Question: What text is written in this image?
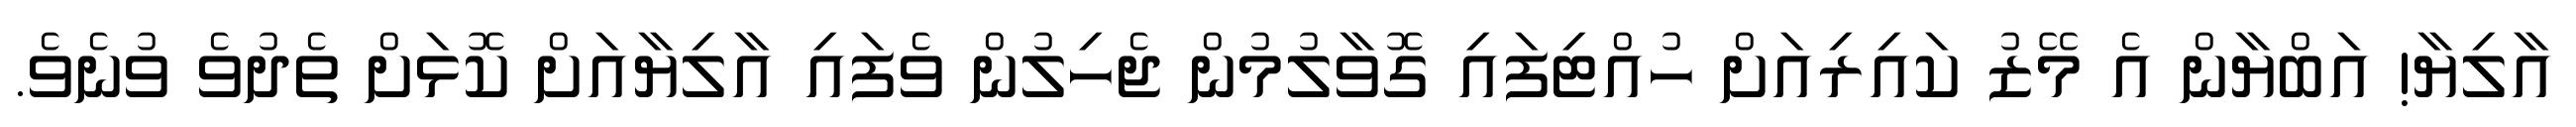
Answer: އާލިޔާ! އަބްޔާން އެ މޭޒު ކައިރިއަށް ހުއްޓިފައި ގޮވާލުމުން ޖެހިލުން ވެފައި އާލިޔާއަށް ކޮޅަށް ތެދުވެ ވުނެވެ.